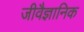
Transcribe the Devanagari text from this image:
जीवैज्ञानिक